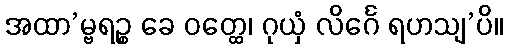
အထာ’မ္ဗရဉ္စ ခေ ဝတ္ထေ၊ ဂုယှံ လိင်္ဂေ ရဟသျ’ပိ။